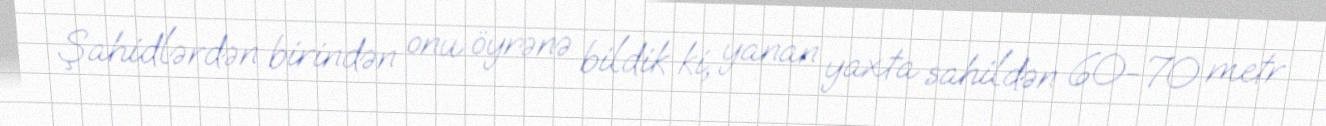
Şahidlərdən birindən onu öyrənə bildik ki, yanan yaxta sahildən 60-70 metr